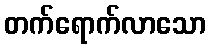
တက်ရောက်လာသော